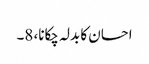
احسان کا بدلہ چکانا، 8۔